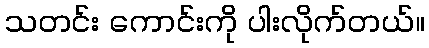
သတင်း ကောင်းကို ပါးလိုက်တယ်။